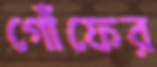
গোঁফের